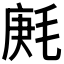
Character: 𣮒